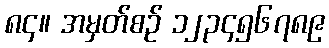
၈၄။ အမှတ်စဉ် ၁၂၃၄၅၆၇၈၉